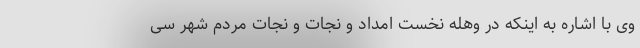
وی با اشاره به اینکه در وهله نخست امداد و نجات و نجات مردم شهر سی